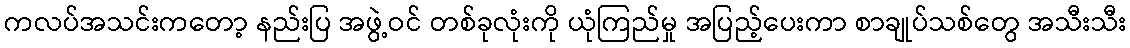
ကလပ်အသင်းကတော့ နည်းပြ အဖွဲ့ဝင် တစ်ခုလုံးကို ယုံကြည်မှု အပြည့်ပေးကာ စာချုပ်သစ်တွေ အသီးသီး